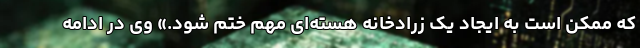
که ممکن است به ایجاد یک زرادخانه هسته‌ای مهم ختم شود.» وی در ادامه